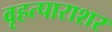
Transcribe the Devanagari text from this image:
वृहत्पाराशर